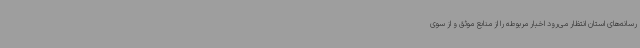
رسانه‌های استان انتظار می‌رود اخبار مربوطه را از منابع موثق و از سوی